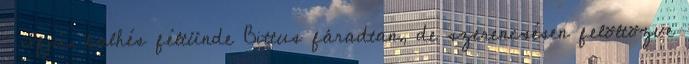
: Ifjú, balhés féltünde Bittus fáradtan, de szerencsésen felöltözve